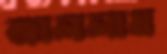
জাললাম